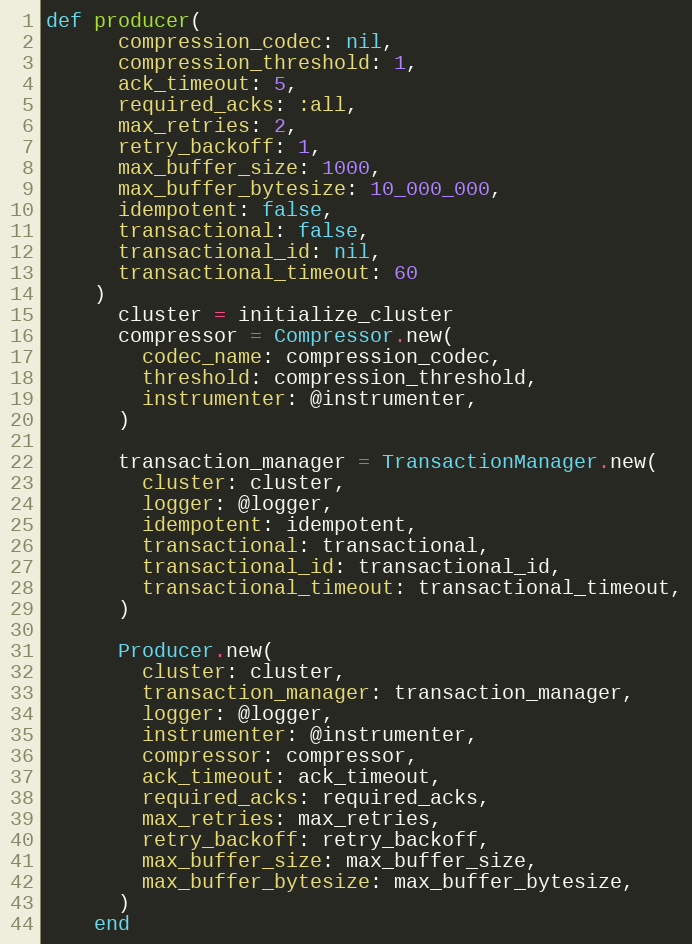
Language: Ruby
def producer(
      compression_codec: nil,
      compression_threshold: 1,
      ack_timeout: 5,
      required_acks: :all,
      max_retries: 2,
      retry_backoff: 1,
      max_buffer_size: 1000,
      max_buffer_bytesize: 10_000_000,
      idempotent: false,
      transactional: false,
      transactional_id: nil,
      transactional_timeout: 60
    )
      cluster = initialize_cluster
      compressor = Compressor.new(
        codec_name: compression_codec,
        threshold: compression_threshold,
        instrumenter: @instrumenter,
      )

      transaction_manager = TransactionManager.new(
        cluster: cluster,
        logger: @logger,
        idempotent: idempotent,
        transactional: transactional,
        transactional_id: transactional_id,
        transactional_timeout: transactional_timeout,
      )

      Producer.new(
        cluster: cluster,
        transaction_manager: transaction_manager,
        logger: @logger,
        instrumenter: @instrumenter,
        compressor: compressor,
        ack_timeout: ack_timeout,
        required_acks: required_acks,
        max_retries: max_retries,
        retry_backoff: retry_backoff,
        max_buffer_size: max_buffer_size,
        max_buffer_bytesize: max_buffer_bytesize,
      )
    end